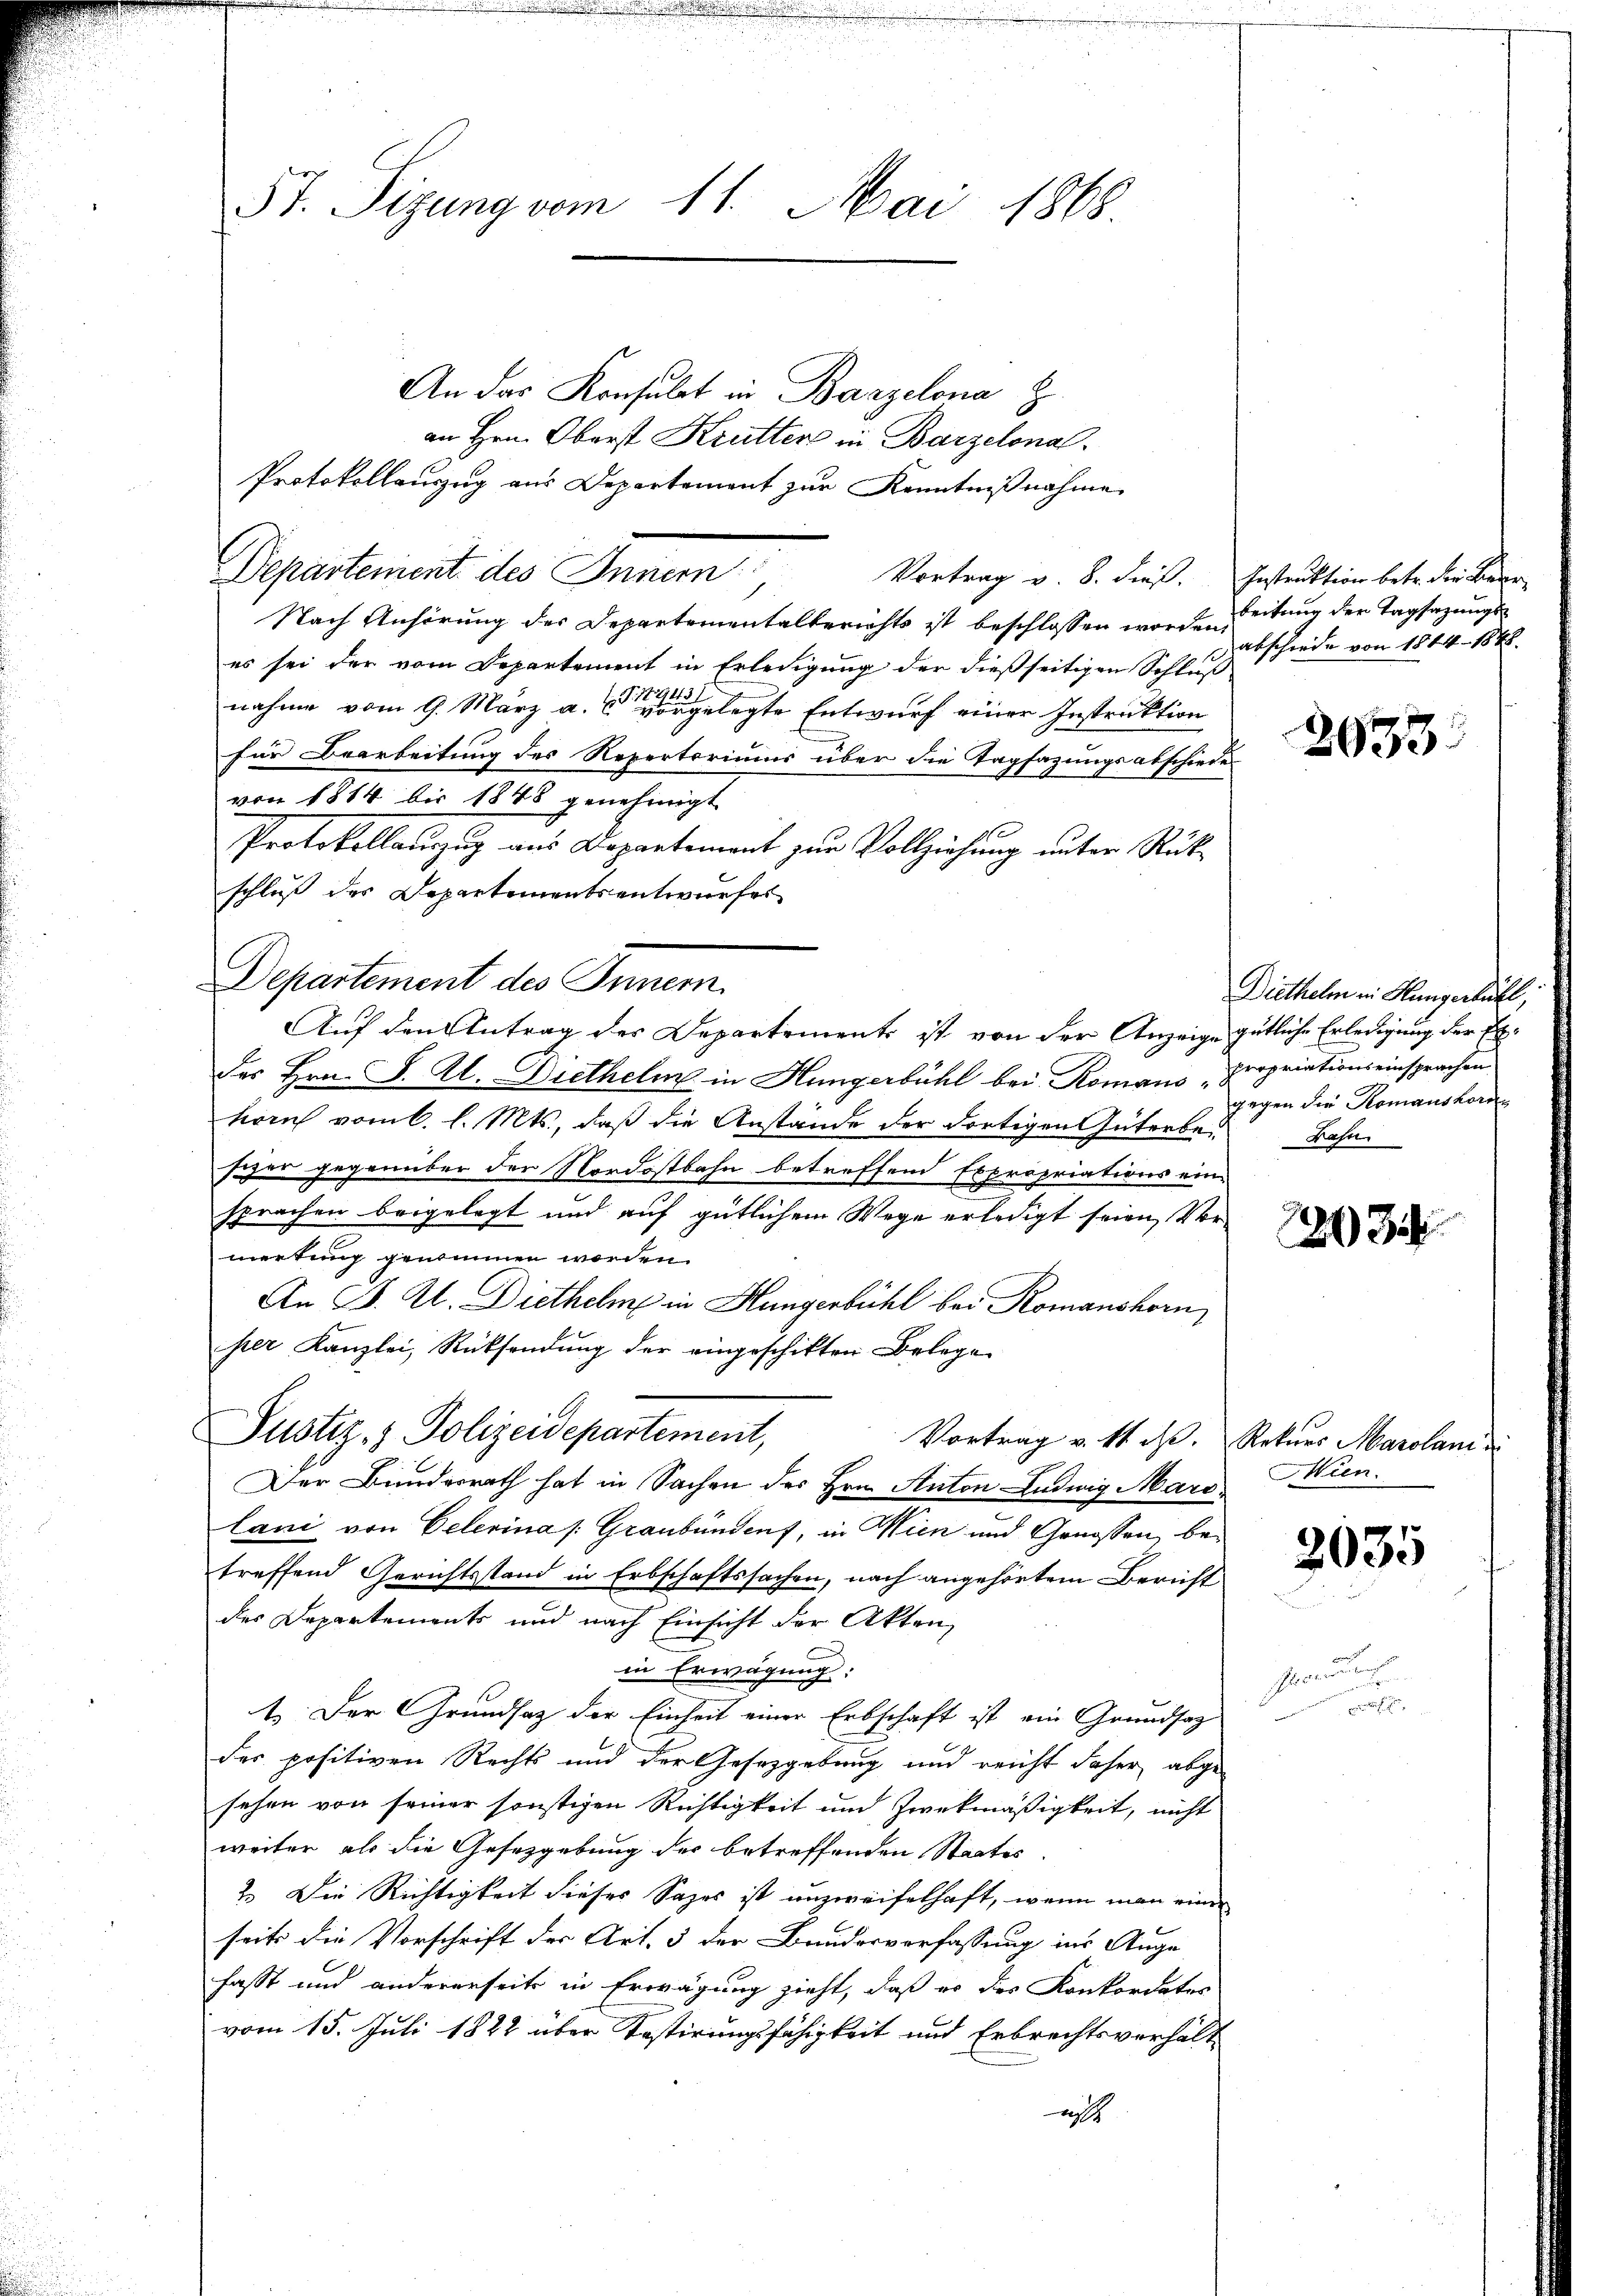
57. Sizung vom 11. Mai 1868.

An das Konsulat in Bazzelona z
an Hrn. Oberst Krütter in Barzelonal¬
Protokollauszug aus Departement zur Kenntnißnahme
Departement des Innern
Nach Anhörung der Departementalberichts ist beschlossen worden,
es sei der vom Departement in Erledigung der dießseitigen Schluß
nahme vom 9. März a. gelegte Entwurf einer Instruktion
für Bearbeitung des Repertoriums über die Tagsazungsabschiede
von 1884 bis 1848 genehmigt
Protokollauzug aus Departement zur Vollziehung unter Rückschluß des Departementsentwurfes
Departement des Innern.
Auf den Antrag des Departement ist von der Anzeige gütliche Erledigung der Exdes Hrn. F. A. Diethelm in Hungerbühl bei Romans „propriationseinsprachen
horn vom 6. l. Mts., daß die Anstände der dortigen Güterber Bahn
schen gegenüber der Nordostbahn betreffend Expropriations einsprachen beigelegt und auf gütlichem Wege erledigt seien, Vor
merkung genommen worden.
An B. Al. Diethelm in Hungenbühl bei Romanshorn,
per Kanzlei, Rücksendŭng der eingeschikten Belege
Justiz- & Polizeidepartement,
Vortrag v. Mt. i. Rekurs Marolan
Der Bundesrath hat in Sachen des Hrn. Anton Ludwig Maro.
lani von Celerina (Graubünden, in Wien und Genossen, betreffend Gerichtsstand in Erbschaftssachen, nach angehörtem Bericht
des Departements und nach Einsicht der Akten,
in Erwägung:
1.) Der Grundsatz der Einheit einer Erbschaft ist ein Grundsaz
des positiven Rechts und der Gesetzgebung und reicht daher abge-
sehen von seiner sonstigen Richtigkeit und Zweckmäßigkeit, nicht
weiter als die Gesetzgebung der betreffenden Staates.
2. Die Richtigkeit dieses Sages ist unzweifelhaft, wenn man einer
seits die Vorschrift der Art. 3 der Bundesverfassung ins Auge
fasst und andererseits in Erwägung zieht, daß es des Konkordates
vom 15. Juli 1822 über Kostirungsfähigkeit und Erbrechtsverhält
es

Vortrag v. 8. dieß. Instruktion betr. der Beur

beitung der Tagsazungsabschiede von 1844 - 1888.

Diethelm in Hungerbühl,
gegen die Komanshorn

Mien.

e

2633.

23

2035

u